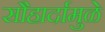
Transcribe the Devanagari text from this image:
सौहार्दामुळे